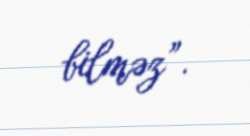
bilməz”.